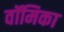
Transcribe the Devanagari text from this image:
वॉमिका